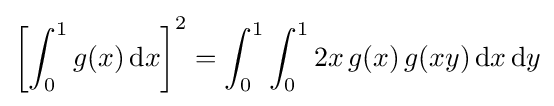
\left[\int _{0}^{1}g(x)\,\mathrm {d} x\right]^{2}=\int _{0}^{1}\int _{0}^{1}2x\,g(x)\,g(xy)\,\mathrm {d} x\,\mathrm {d} y